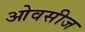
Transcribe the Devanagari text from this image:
ओवसीज